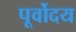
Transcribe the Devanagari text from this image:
पूर्वोदय